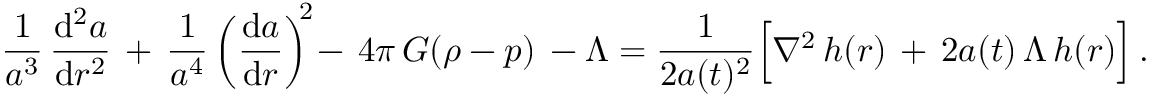
\frac { 1 } { a ^ { 3 } } \, \frac { \mathrm { d } ^ { 2 } a } { \mathrm { d } r ^ { 2 } } \, + \, \frac { 1 } { a ^ { 4 } } \left( \frac { \mathrm { d } a } { \mathrm { d } r } \right) ^ { \! \! 2 } \! - \, 4 \pi \, G ( \rho - p ) \, - \Lambda = \frac { 1 } { 2 a ( t ) ^ { 2 } } \Bigl [ \nabla ^ { 2 } \, h ( r ) \, + \, 2 a ( t ) \, \Lambda \, h ( r ) \Bigr ] \, .